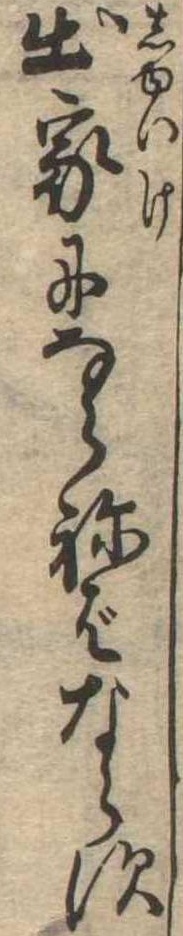
出家にならねばならす